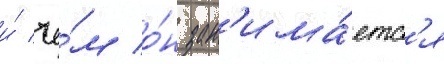
и́ че́м о́н зан'има́етс'я